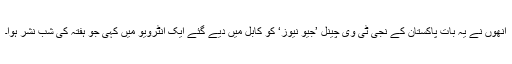
اُنھوں نے یہ بات پاکستان کے نجی ٹی وی چینل ’جیو نیوز‘ کو کابل میں دیے گئے ایک انٹرویو میں کہی جو ہفتہ کی شب نشر ہوا۔